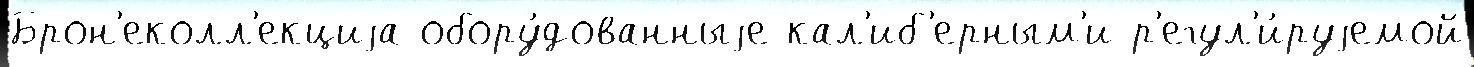
Брон'еколл'екциjа обору́дованныjе кал'иб'ерным'и р'егул'и́руjемой